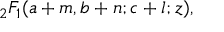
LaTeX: { } _ { 2 } F _ { 1 } ( a + m , b + n ; c + l ; z ) ,